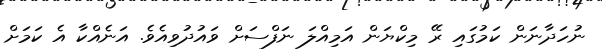
ނުހަދާނަން ކަމުގައި ރޭ މިކްޔަން އަމިއްލަ ނަފްސަށް ވައުދުވިއެވެ. އަނެއްކާ އެ ކަމަށް